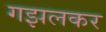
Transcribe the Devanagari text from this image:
गझलकर